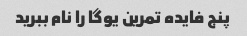
پنج فایده تمرین یوگا را نام ببرید